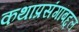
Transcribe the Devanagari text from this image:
कथाप्रसंगांबद्दल